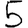
Digit: 5